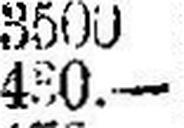
450.—